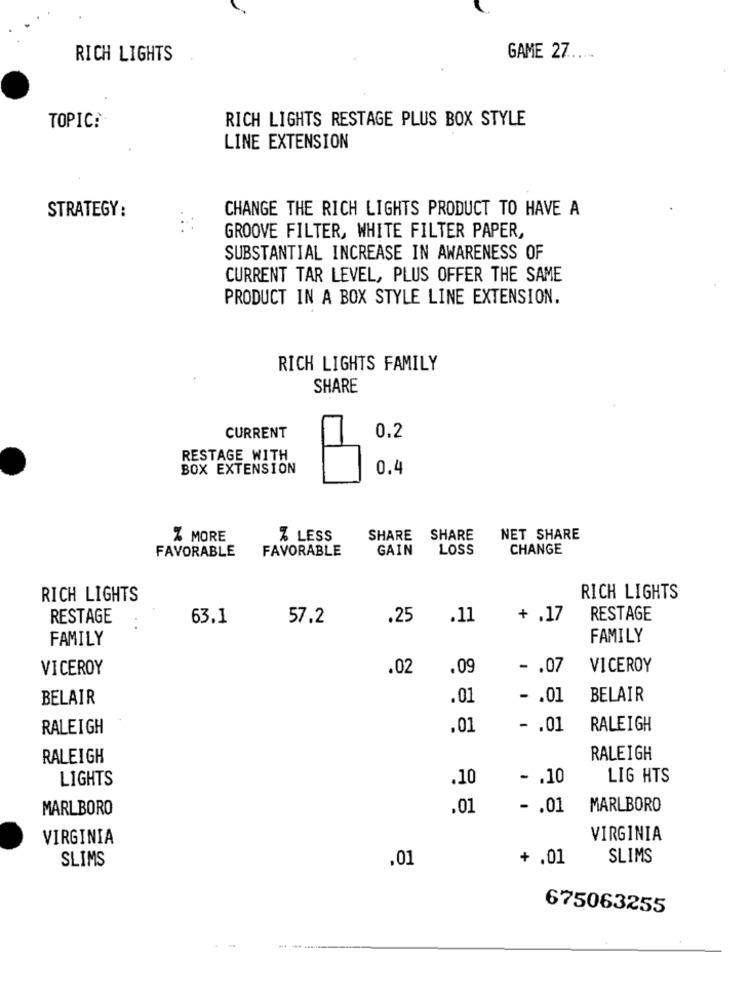
RICH LIGHTS
GAME 27 ......
RICH LIGHTS RESTAGE PLUS BOX STYLE
TOPIC:
LINE EXTENSION
STRATEGY :
CHANGE THE RICH LIGHTS PRODUCT TO HAVE A
GROOVE FILTER, WHITE FILTER PAPER,
SUBSTANTIAL INCREASE IN AWARENESS OF
CURRENT TAR LEVEL, PLUS OFFER THE SAME
PRODUCT IN A BOX STYLE LINE EXTENSION.
RICH LIGHTS FAMILY
SHARE
0.2
CURRENT
RESTAGE WITH
BOX EXTENSION
0.4
% MORE
% LESS
SHARE
SHARE
NET SHARE
FAVORABLE
FAVORABLE
GAIN
LOSS
CHANGE
RICH LIGHTS
RICH LIGHTS
RESTAGE
63.1
57.2
.25
.11
+ .17
RESTAGE
FAMILY
FAMILY
VICEROY
.02
.09
-. 07
VICEROY
BELAIR
.01
- . 01
BELAIR
RALEIGH
.01
- . 01
RALEIGH
RALEIGH
RALEIGH
LIGHTS
.10
- . 10
LIG HTS
MARLBORO
.01
- . 01
MARLBORO
VIRGINIA
VIRGINIA
SLIMS
.01
+ .01
SLIMS
675063255